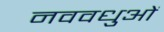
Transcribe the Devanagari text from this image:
नववधुओं